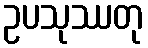
ဥပသုဿတု